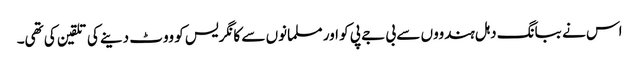
اس نے ببانگ دہل ہندووں سے بی جے پی کو اور مسلمانوں سے کانگریس کو ووٹ دینے کی تلقین کی تھی۔